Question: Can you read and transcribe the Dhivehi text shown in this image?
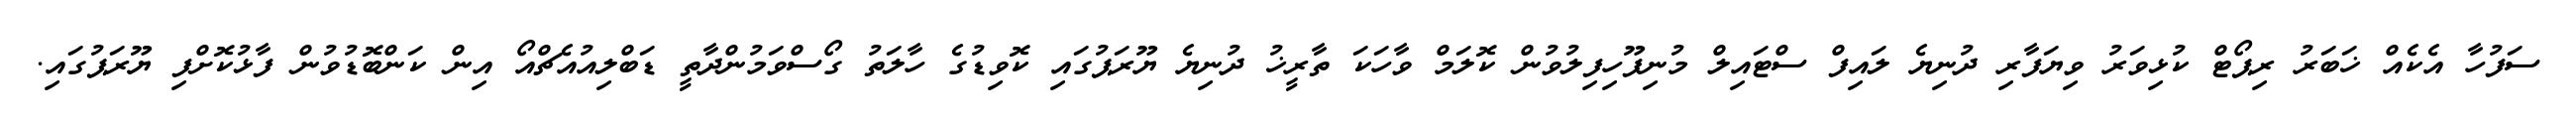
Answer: ސަފުހާ އެކެއް ޚަބަރު ރިޕޯޓް ކުޅިވަރު ވިޔަފާރި ދުނިޔެ ލައިފް ސްޓައިލް މުނިފޫހިފިލުވުން ކޮލަމް ވާހަކަ ތާރީޚު ދުނިޔެ ޔޫރަޕުގައި ކޮވިޑުގެ ހާލަތު ގޯސްވަމުންދާތީ ޑަބްލިއުއެޗްއޯ އިން ކަންބޮޑުވުން ފާޅުކޮށްފި ޔޫރަޕުގައި.